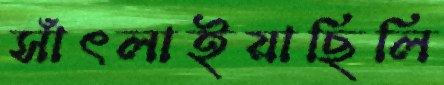
সাঁৎলাইয়াছিলি